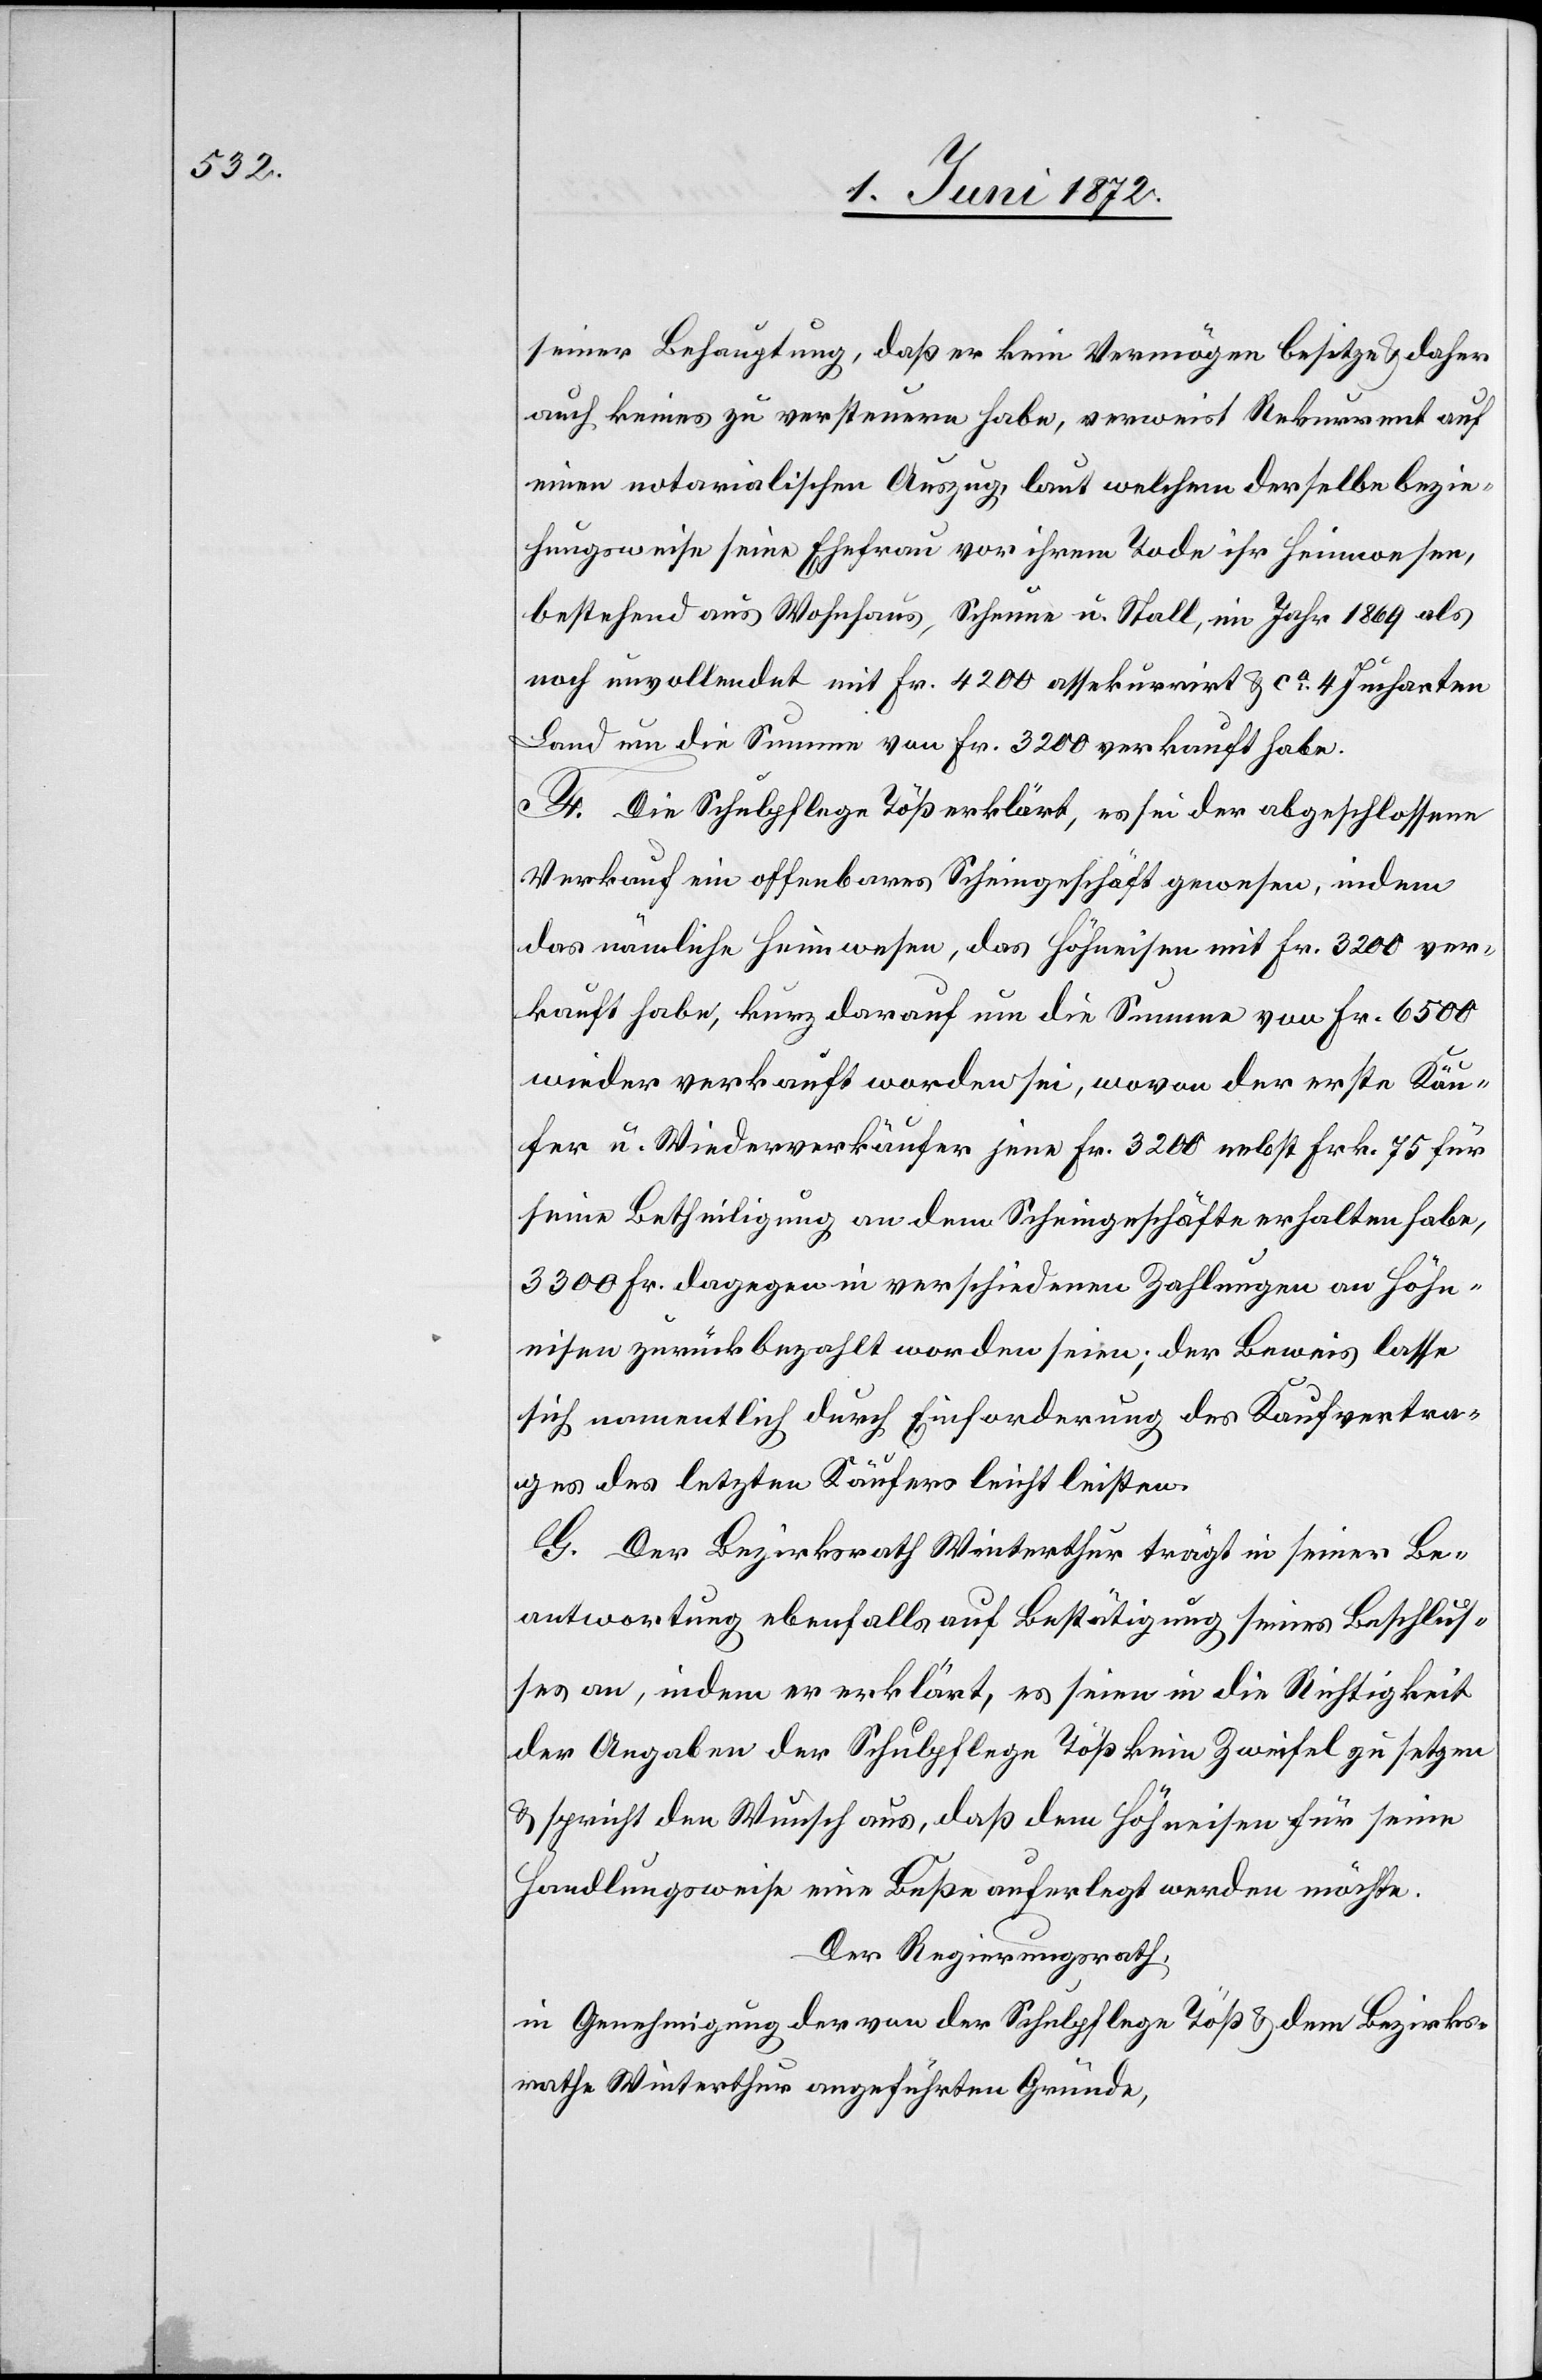
seiner Behauptung, daß er kein Vermögen besitze u. daher
auch keines zu versteuern habe, verweist Rekurrent auf
einen notarialischen Auszug, laut welchem derselbe bezie¬
hungsweise seine Ehefrau vor ihrem Tode ihr Heimwesen,
bestehend aus Wohnhaus, Scheune u. Stall, im Jahr 1869 als
noch unvollendet mit Fr. 4200 assekurrirt u. ca 4 Jucharten
Land um die Summe von Fr. 3200 verkauft habe.
F. Die Schulpflege Töß erklärt, es sei der abgeschlossene
Verkauf ein offenbares Scheingeschäft gewesen, indem
das nämliche Heimwesen, das Höhneisen mit Fr. 3200 ver¬
kauft habe, kurz darauf um die Summe von Fr. 6500
wieder verkauft worden sei, wovon der erste Käu¬
fer u. Wiederverkäufer jene Fr. 3200 nebst Frk. 75 für
seine Betheiligung an dem Scheingeschäfte erhalten habe,
3300 Fr. dagegen in verschiedenen Zahlungen an Höhn¬
eisen zurückbezahlt worden seien; der Beweis lasse
sich namentlich durch Einforderung des Kaufvertra¬
ges des letzten Käufers leicht leisten.
G. Der Bezirksrath Winterthur trägt in seiner Be¬
antwortung ebenfalls auf Bestätigung seines Beschlus¬
ses an, indem er erklärt, es seien in die Richtigkeit
der Angaben der Schulpflege Töß kein Zweifel zu setzen
u. spricht den Wunsch aus, daß dem Höhneisen für seine
Handlungsweise eine Buße auferlegt werden möchte.
Der Regierungsrath,
in Genehmigung der von der Schulpflege Töß u. dem Bezirks¬
rathe Winterthur angeführten Gründe,